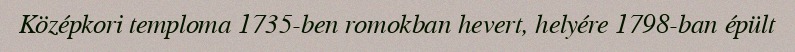
Középkori temploma 1735-ben romokban hevert, helyére 1798-ban épült